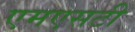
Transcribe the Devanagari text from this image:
एमएसटी